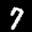
Digit: 7